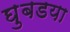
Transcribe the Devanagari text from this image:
घुबडया